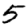
Digit: 5